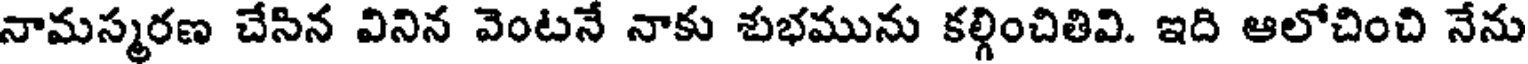
నామస్మరణ చేసిన వినిన వెంటనే నాకు శుభమును కల్గించితివి. ఇది ఆలోచించి నేను